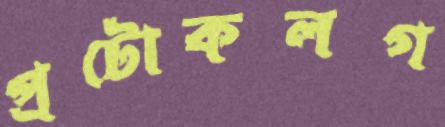
প্রটোকলগ